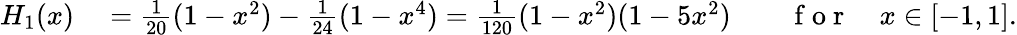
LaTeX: \begin{array}{rlrl}{H_{1}(x)}&{{}=\frac 1{20}(1-x^{2})-\frac 1{24}(1-x^{4})=\frac{1}{120}(1-x^{2})(1-5x^{2})}&{}&{{}\mathrm{~f~o~r~}\quad x\in[-1,1].}\end{array}